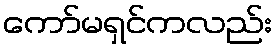
ကော်မရှင်ကလည်း